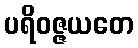
ပရိဝဇ္ဇယတေ